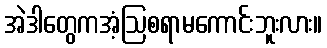
အဲဒါတွေကအံ့ဩစရာမကောင်းဘူးလား။